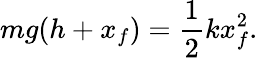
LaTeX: mg(h+x_{f})=\frac{1}{2}kx_{f}^{2}.